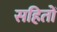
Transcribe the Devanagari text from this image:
सहितों